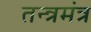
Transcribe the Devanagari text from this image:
तन्त्रमंत्र